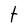
Character: t